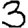
Digit: 3